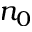
n _ { 0 }